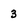
Character: 3